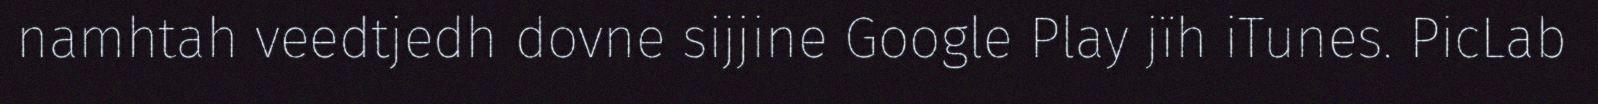
namhtah veedtjedh dovne sijjine Google Play jïh iTunes. PicLab